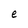
Character: e